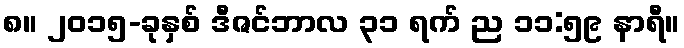
၈။ ၂၀၁၅-ခုနှစ် ဒီဇင်ဘာလ ၃၁ ရက် ည ၁၁:၅၉ နာရီ။